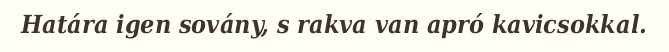
Határa igen sovány, s rakva van apró kavicsokkal.